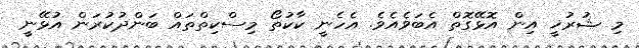
މި ޝުރުޚީ އިން އޮޅޭގޮތް އެބަވެއެވެ. އެހެނީ ކާކުތޯ މިސްކިތްތައް ބަންދުކުރަން އުޅޭނީ